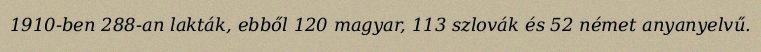
1910-ben 288-an lakták, ebből 120 magyar, 113 szlovák és 52 német anyanyelvű.